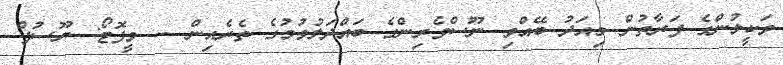
ވަކީލުންގެ ފަރާތުން މިއަދު ބޭއްވި ނޫސްވެރިންގެ ބައްދަލުވުމުގެ ތެރެއިން -- ވީފޮޓޯ: ޔޫސުފް